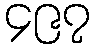
၄၉၇